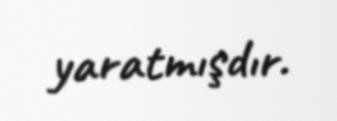
yaratmışdır.